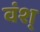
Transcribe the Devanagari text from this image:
वंश्